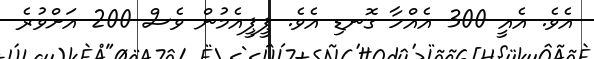
އެވެ. އެއީ 300 އެއްހާ ގޮނޑި އެވެ. ޕީޕީއެމުން ވެސް 200 އަށްވުރެ